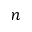
n